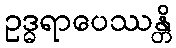
ဥဒ္ဓရာပေဿန္တိ